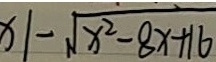
x \vert - \sqrt { x ^ { 2 } - 8 x + 1 6 }